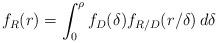
LaTeX: \begin{align*}f_{R} (r) = \int_{0}^{\rho} f_{D}(\delta) f_{R/D} (r /\delta) \, d\delta\end{align*}